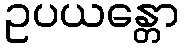
ဥပယန္တော